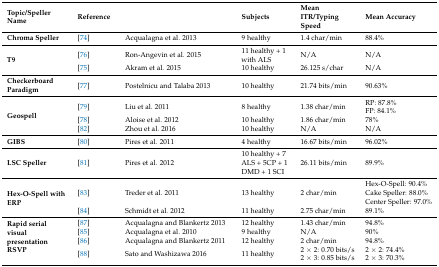
<table><thead><tr><td><b>Topic/Speller Name</b></td><td colspan="2"><b>Reference</b></td><td><b>Subjects</b></td><td><b>Mean ITR/Typing Speed</b></td><td><b>Mean Accuracy</b></td></tr></thead><tbody><tr><td><b>Chroma Speller</b></td><td>[74]</td><td>Acqualagna et al. 2013</td><td>9 healthy</td><td>1.4 char/min</td><td>88.4%</td></tr><tr><td rowspan="2"><b>T9</b></td><td>[76]</td><td>Ron-Angevin et al. 2015</td><td>11 healthy + 1 with ALS</td><td>N/A</td><td>N/A</td></tr><tr><td>[75]</td><td>Akram et al. 2015</td><td>10 healthy</td><td>26.125 s/char</td><td>N/A</td></tr><tr><td><b>Checkerboard Paradigm</b></td><td>[77]</td><td>Postelnicu and Talaba 2013</td><td>10 healthy</td><td>21.74 bits/min</td><td>90.63%</td></tr><tr><td rowspan="3"><b>Geospell</b></td><td>[79]</td><td>Liu et al. 2011</td><td>8 healthy</td><td>1.38 char/min</td><td>RP: 87.8% FP: 84.1%</td></tr><tr><td>[78]</td><td>Aloise et al. 2012</td><td>10 healthy</td><td>1.86 char/min</td><td>78%</td></tr><tr><td>[82]</td><td>Zhou et al. 2016</td><td>10 healthy</td><td>N/A</td><td>N/A</td></tr><tr><td><b>GIBS</b></td><td>[80]</td><td>Pires et al. 2011</td><td>4 healthy</td><td>16.67 bits/min</td><td>96.02%</td></tr><tr><td><b>LSC Speller</b></td><td>[81]</td><td>Pires et al. 2012</td><td>10 healthy + 7 ALS + 5CP + 1 DMD + 1 SCI</td><td>26.11 bits/min</td><td>89.9%</td></tr><tr><td rowspan="2"><b>Hex-O-Spell with ERP</b></td><td>[83]</td><td>Treder et al. 2011</td><td>13 healthy</td><td>2 char/min</td><td>Hex-O-Spell: 90.4%Cake Speller: 88.0%Center Speller: 97.0%</td></tr><tr><td>[84]</td><td>Schmidt et al. 2012</td><td>11 healthy</td><td>2.75 char/min</td><td>89.1%</td></tr><tr><td rowspan="4"><b>Rapid serial visual presentation RSVP</b></td><td>[87]</td><td>Acqualagna and Blankertz 2013</td><td>12 healthy</td><td>1.43 char/min</td><td>94.8%</td></tr><tr><td>[85]</td><td>Acqualagna et al. 2010</td><td>9 healthy</td><td>N/A</td><td>90%</td></tr><tr><td>[86]</td><td>Acqualagna and Blankertz 2011</td><td>12 healthy</td><td>2 char/min</td><td>94.8%</td></tr><tr><td>[88]</td><td>Sato and Washizawa 2016</td><td>11 healthy</td><td>2 × 2: 0.70 bits/s2 × 3: 0.85 bits/s</td><td>2 × 2: 74.4%2 × 3:70.3%</td></tr></tbody></table>